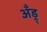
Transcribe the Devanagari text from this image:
अँड्र्